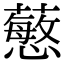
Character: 𧁋